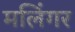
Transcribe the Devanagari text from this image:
मलिंगर